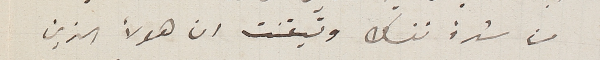
من شدة نفسك وتيقنت ان هولأ الذين